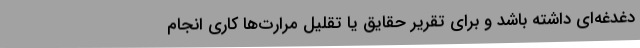
دغدغه‌ای داشته باشد و برای تقریر حقایق یا تقلیل مرارت‌ها کاری انجام